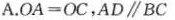
A.$$O A = O C $$，AD\parallelBC